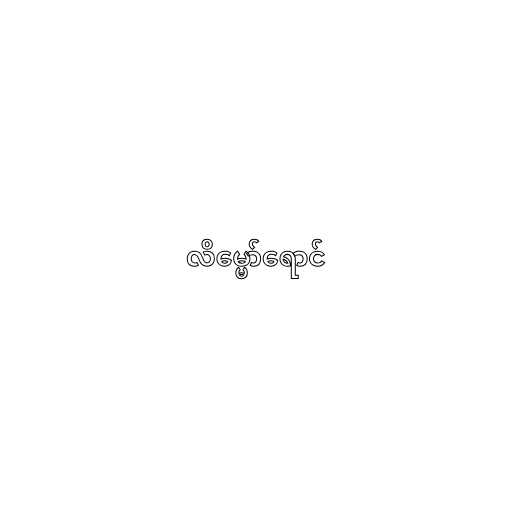
လိမ္မော်ရောင်